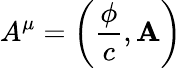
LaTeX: A^{\mu}=\left({\frac{\phi}{c}},\mathbf{A}\right)